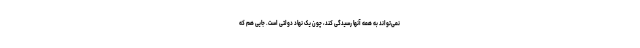
نمی‌تواند به همه آنها رسیدگی کند، چون یک نهاد دولتی است. جایی هم که